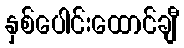
နှစ်ပေါင်းထောင်ချီ